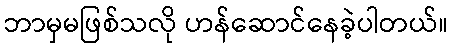
ဘာမှမဖြစ်သလို ဟန်ဆောင်နေခဲ့ပါတယ်။